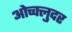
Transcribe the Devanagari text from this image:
ओच्क्लुदर